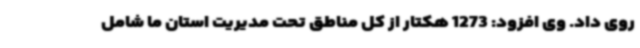
روی داد. وی افزود: 1273 هکتار از کل مناطق تحت مدیریت استان ما شامل